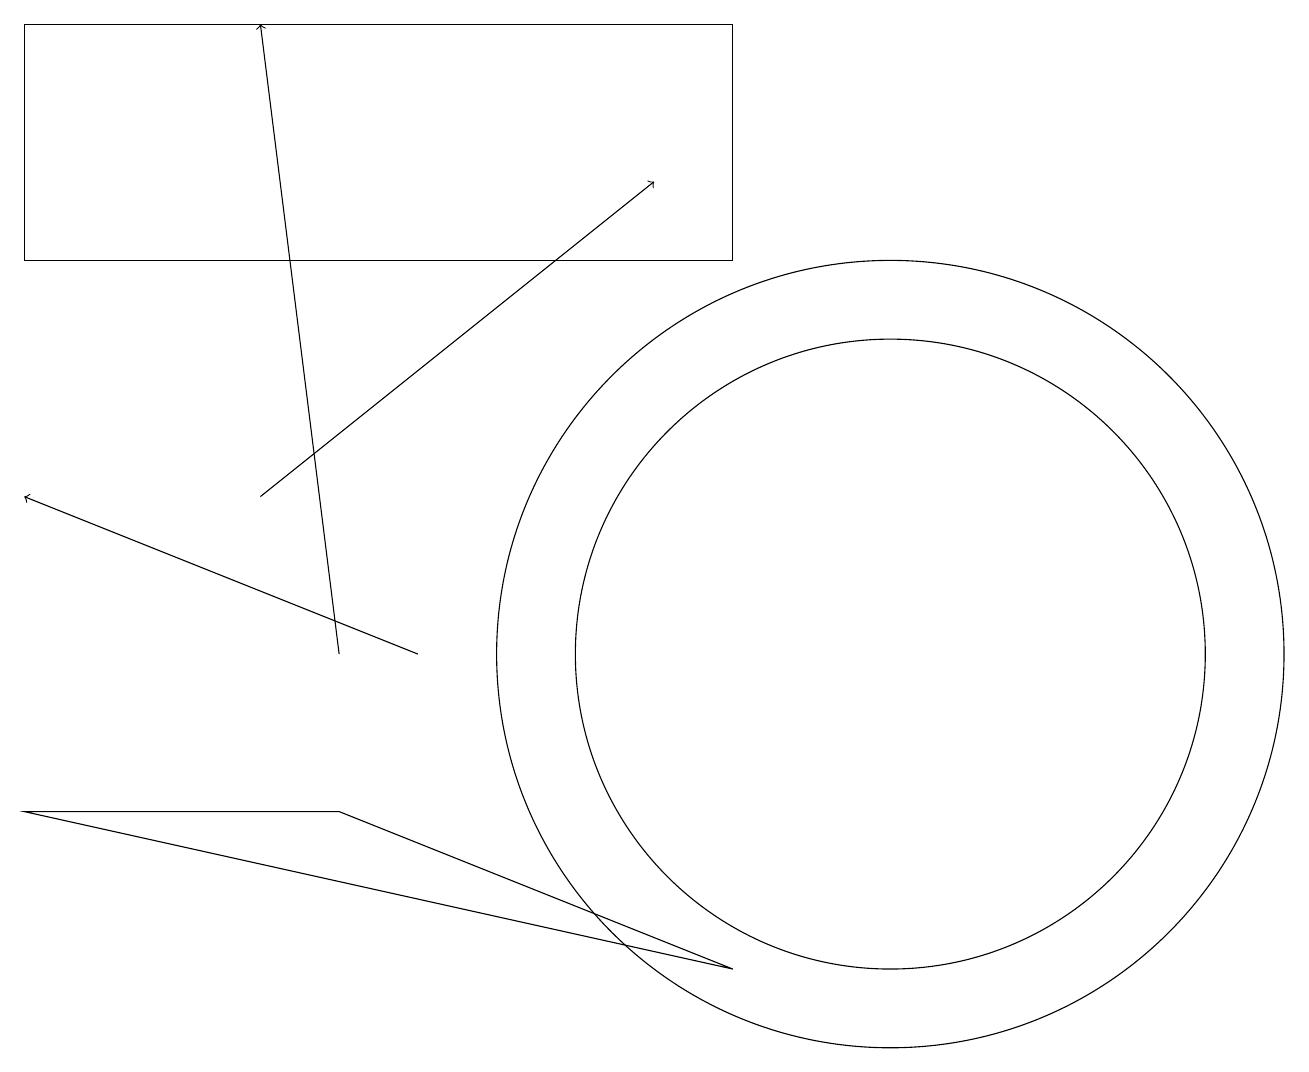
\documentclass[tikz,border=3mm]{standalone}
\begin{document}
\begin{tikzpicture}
\draw[->] (4,11) -- (3,19);
\draw (0,19) rectangle (9,16);
\draw (9,7) -- (4,9) -- (0,9) -- cycle;
\draw[->] (5,11) -- (0,13);
\draw[->] (3,13) -- (8,17);
\draw (11,11) circle (5);
\draw (11,11) circle (4);
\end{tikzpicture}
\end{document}